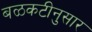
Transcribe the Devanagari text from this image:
बळकटीनुसार